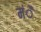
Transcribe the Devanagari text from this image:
मंै